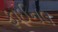
ફાઈનલ